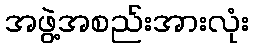
အဖွဲ့အစည်းအားလုံး